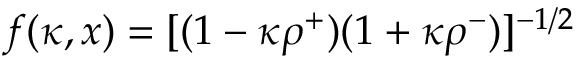
f ( \kappa , x ) = [ ( 1 - \kappa \rho ^ { + } ) ( 1 + \kappa \rho ^ { - } ) ] ^ { - 1 / 2 }